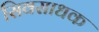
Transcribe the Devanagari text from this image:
सिवसाधक